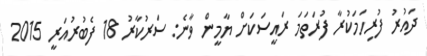
ދައުރު ފުރިހަމަކުރާ ފުރަތަމަ ރައީސަކަށް ޔާމީން ވާނެ: ސަރުކާރު 18 ފެބުރުއަރީ 2015